Problem: 32 + 21 = ?
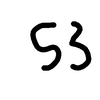
Handwritten answer: 53